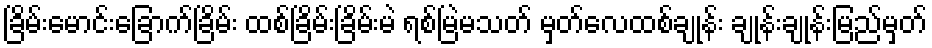
ခြိမ်းမောင်းခြောက်ခြိမ်း ထစ်ခြိမ်းခြိမ်းမဲ ရစ်မြဲမသတ် မှတ်လေထစ်ချုန်း ချုန်းချုန်းမြည်မှတ်